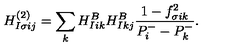
H _ { I \sigma i j } ^ { ( 2 ) } = \sum _ { k } H _ { I i k } ^ { B } H _ { I k j } ^ { B } \frac { 1 - f _ { \sigma i k } ^ { 2 } } { P _ { i } ^ { - } - P _ { k } ^ { - } } .